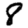
Digit: 8